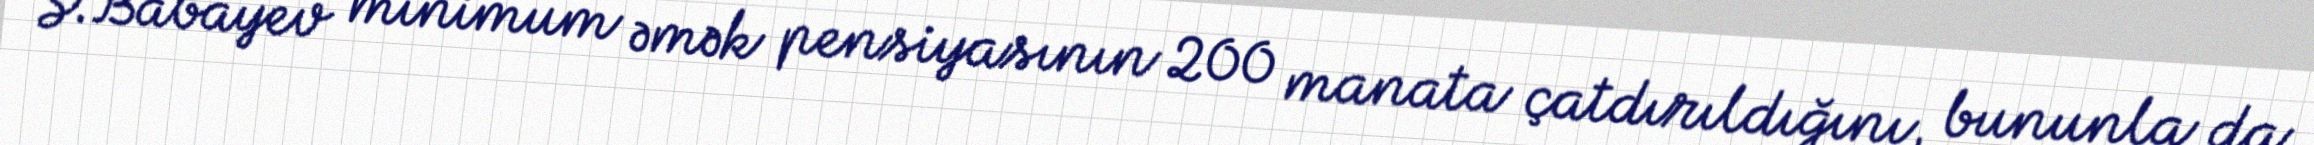
S.Babayev minimum əmək pensiyasının 200 manata çatdırıldığını, bununla da